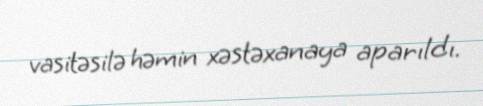
vasitəsilə həmin xəstəxanaya aparıldı.